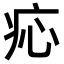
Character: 𤵂